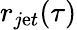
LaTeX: r_{j\mathrm{e}t}(\tau)